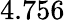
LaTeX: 4.756